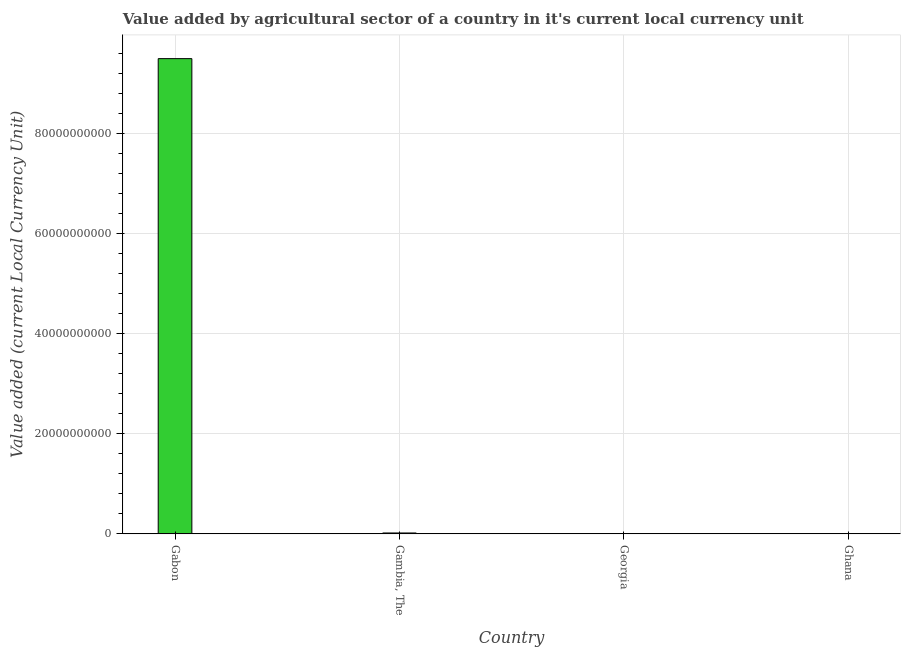
| Country | Agriculture |
 | --- | --- |
 | Gabon | 9.5e+10 |
 | Gambia, The | 1.78e+08 |
 | Georgia | 3.4e+03 |
 | Ghana | 1.33e+07 |